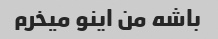
باشه من اینو میخرم